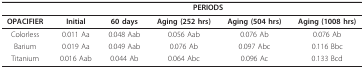
<table><thead><tr><td></td><td colspan="5"><b>PERIODS</b></td></tr></thead><tbody><tr><td><b>OPACIFIER</b></td><td><b>Initial</b></td><td><b>60 days</b></td><td><b>Aging (252 hrs)</b></td><td><b>Aging (504 hrs)</b></td><td><b>Aging (1008 hrs)</b></td></tr><tr><td>Colorless</td><td>0.011 Aa</td><td>0.048 Aab</td><td>0.056 Aab</td><td>0.076 Ab</td><td>0.076 Ab</td></tr><tr><td>Barium</td><td>0.019 Aa</td><td>0.049 Aab</td><td>0.076 Ab</td><td>0.097 Abc</td><td>0.116 Bbc</td></tr><tr><td>Titanium</td><td>0.016 Aab</td><td>0.044 Ab</td><td>0.064 Abc</td><td>0.096 Ac</td><td>0.133 Bcd</td></tr></tbody></table>